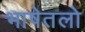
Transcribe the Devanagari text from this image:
भाषेतलो